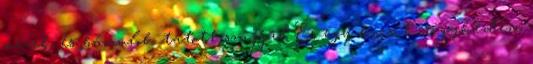
nézek és bámulok tátott szájjal És egy kicsit irígykedem